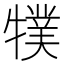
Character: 㹒